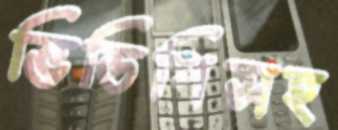
ভিডিপিসহ